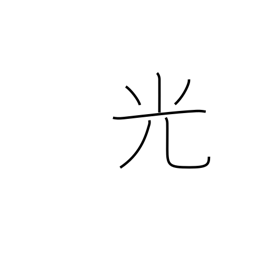
Meaning: light